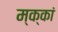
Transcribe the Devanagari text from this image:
म्क्कां